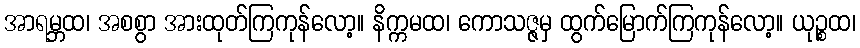
အာရမ္ဘထ၊ အစစွာ အားထုတ်ကြကုန်လော့။ နိက္ကမထ၊ ကောသဇ္ဇမှ ထွက်မြောက်ကြကုန်လော့။ ယုဉ္စထ၊